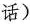
话)